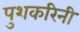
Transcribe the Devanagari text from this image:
पुशकरिनी